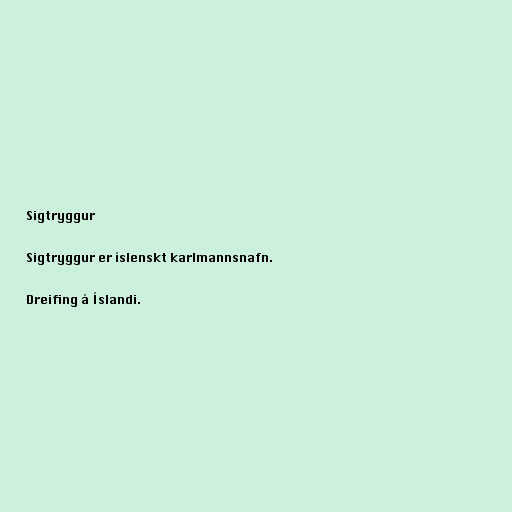
Sigtryggur

Sigtryggur er íslenskt karlmannsnafn.

Dreifing á Íslandi.